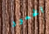
الخمور